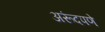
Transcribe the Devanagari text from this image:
अरूंदपणे